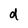
Character: d